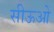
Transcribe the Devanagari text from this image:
सीऊओ